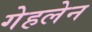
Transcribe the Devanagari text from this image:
गेहलेन